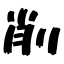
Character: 削